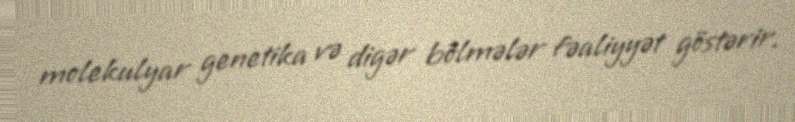
molekulyar genetika və digər bölmələr fəaliyyət göstərir.